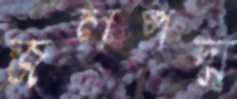
জলপদ্ম